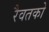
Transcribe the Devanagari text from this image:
रैवतको